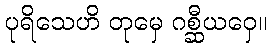
ပုရိသေဟိ တုမှေ ဂစ္ဆီယဝှေ။